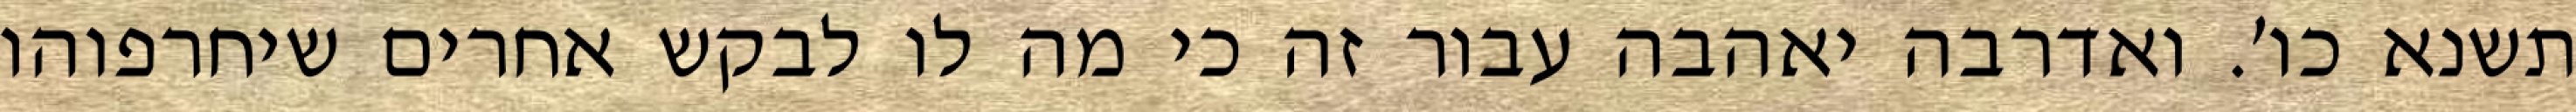
תשנא כו׳. ואדרבה יאהבה עבור זה כי מה לו לבקש אחרים שיחרפוהו